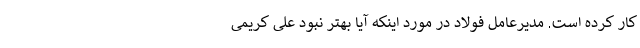
کار کرده است. مدیرعامل فولاد در مورد اینکه آیا بهتر نبود علی کریمی